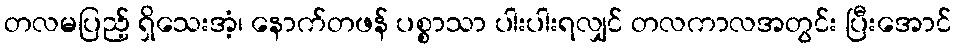
တလမပြည့် ရှိသေးအံ့၊ နောက်တဖန် ပစ္စာသာ ပါးပါးရလျှင် တလကာလအတွင်း ပြီးအောင်